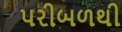
પરીબળથી